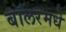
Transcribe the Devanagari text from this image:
बॉलरमधे